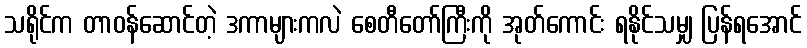
သရိုင်က တာဝန်ဆောင်တဲ့ ဒကာများကလဲ စေတီတော်ကြီးကို အုတ်ကောင်း ရနိုင်သမျှ ပြန်ရအောင်